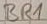
Text: BR1